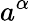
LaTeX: a^{\alpha}